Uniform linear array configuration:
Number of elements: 24
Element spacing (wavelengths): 0.25
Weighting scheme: exponential
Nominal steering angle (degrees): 45
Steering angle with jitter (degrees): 43.327
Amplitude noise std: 0.05
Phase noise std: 0.05

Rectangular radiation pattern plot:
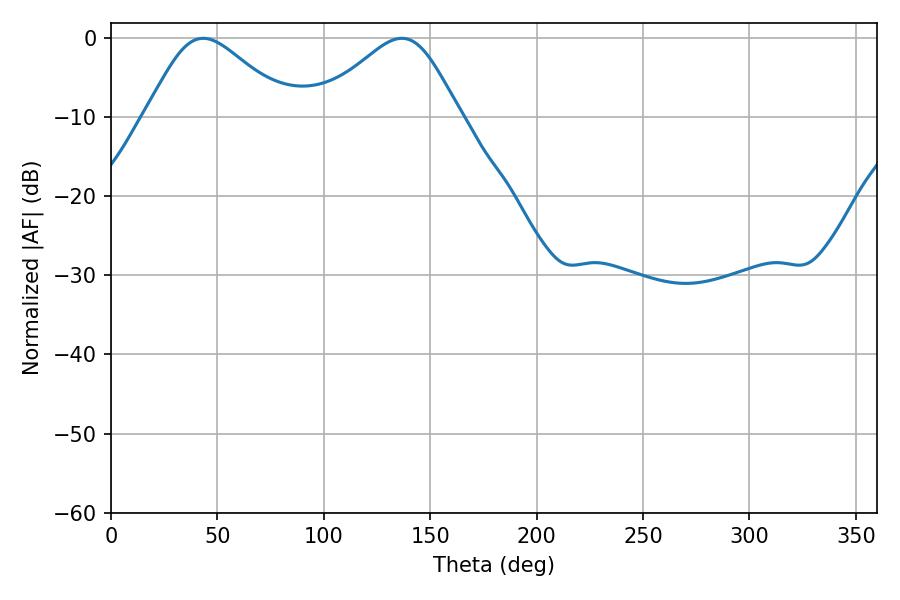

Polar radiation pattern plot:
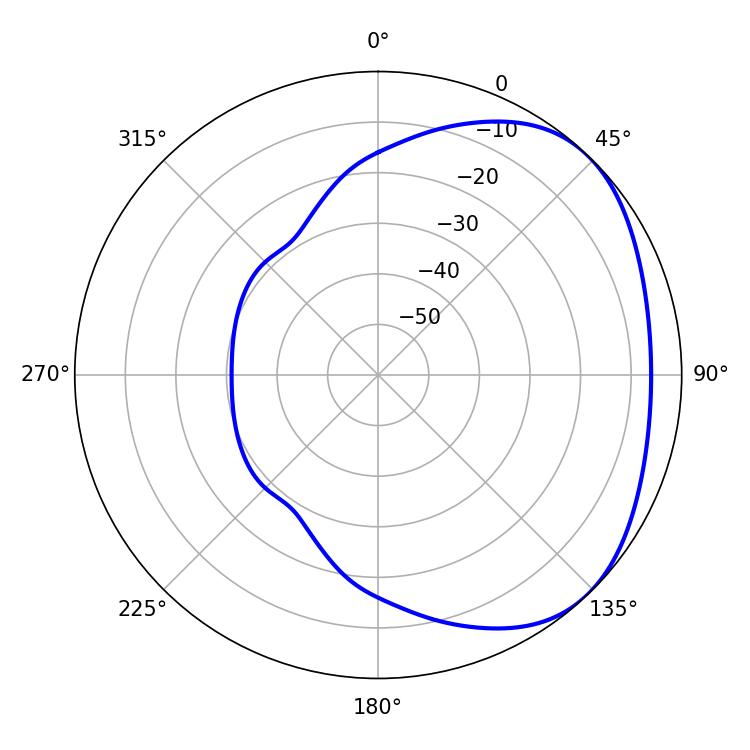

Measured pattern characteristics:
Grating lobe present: FALSE
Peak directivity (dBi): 2.985
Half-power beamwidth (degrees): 33.84
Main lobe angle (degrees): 43.38